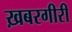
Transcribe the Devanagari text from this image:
ख़बरगीरी